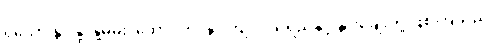
ရသော နွားနို့၊ နို့ဓမ်း၊ ထောပတ်၊ နွားကျင်ငယ်ရည်နှင့် နွားချေးတို့ ဖြစ်ကြသည်။